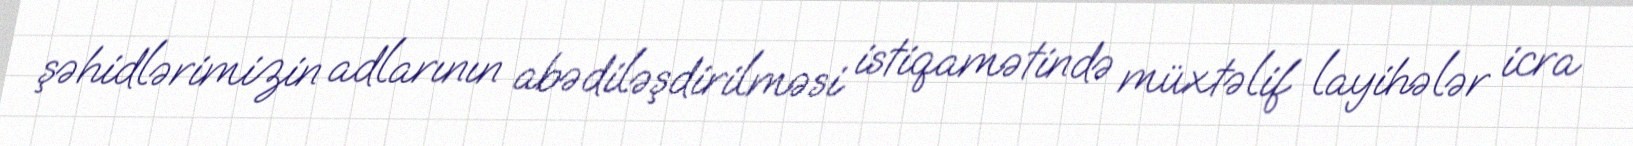
şəhidlərimizin adlarının abədiləşdirilməsi istiqamətində müxtəlif layihələr icra